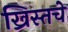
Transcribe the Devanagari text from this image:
ख्रिस्तचे